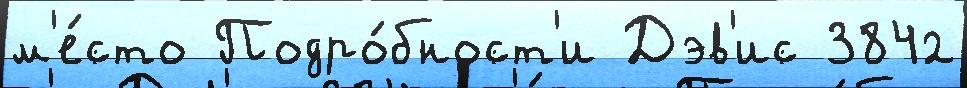
м'е́сто Подро́бност'и Дэв'ис 3842